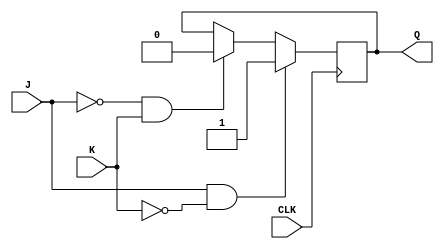
module JK_Latch (
  input J,
  input K,
  input CLK,
  output reg Q
);

always @(posedge CLK) begin
  if (J && !K)
    Q <= 1;
  else if (!J && K)
    Q <= 0;
end

endmodule